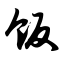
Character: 饭